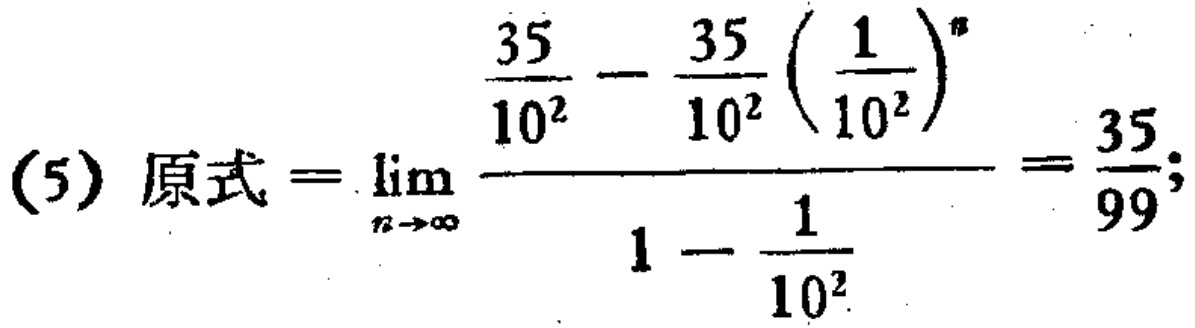
(5) 原式$=\lim_{n \to \infty} \frac{\frac{35}{10^{2}} - \frac{35}{10^{2}}(\frac{1}{10^{2}})^{n}}{1 - \frac{1}{10^{2}}} = \frac{35}{99};$